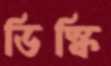
ডিস্কি